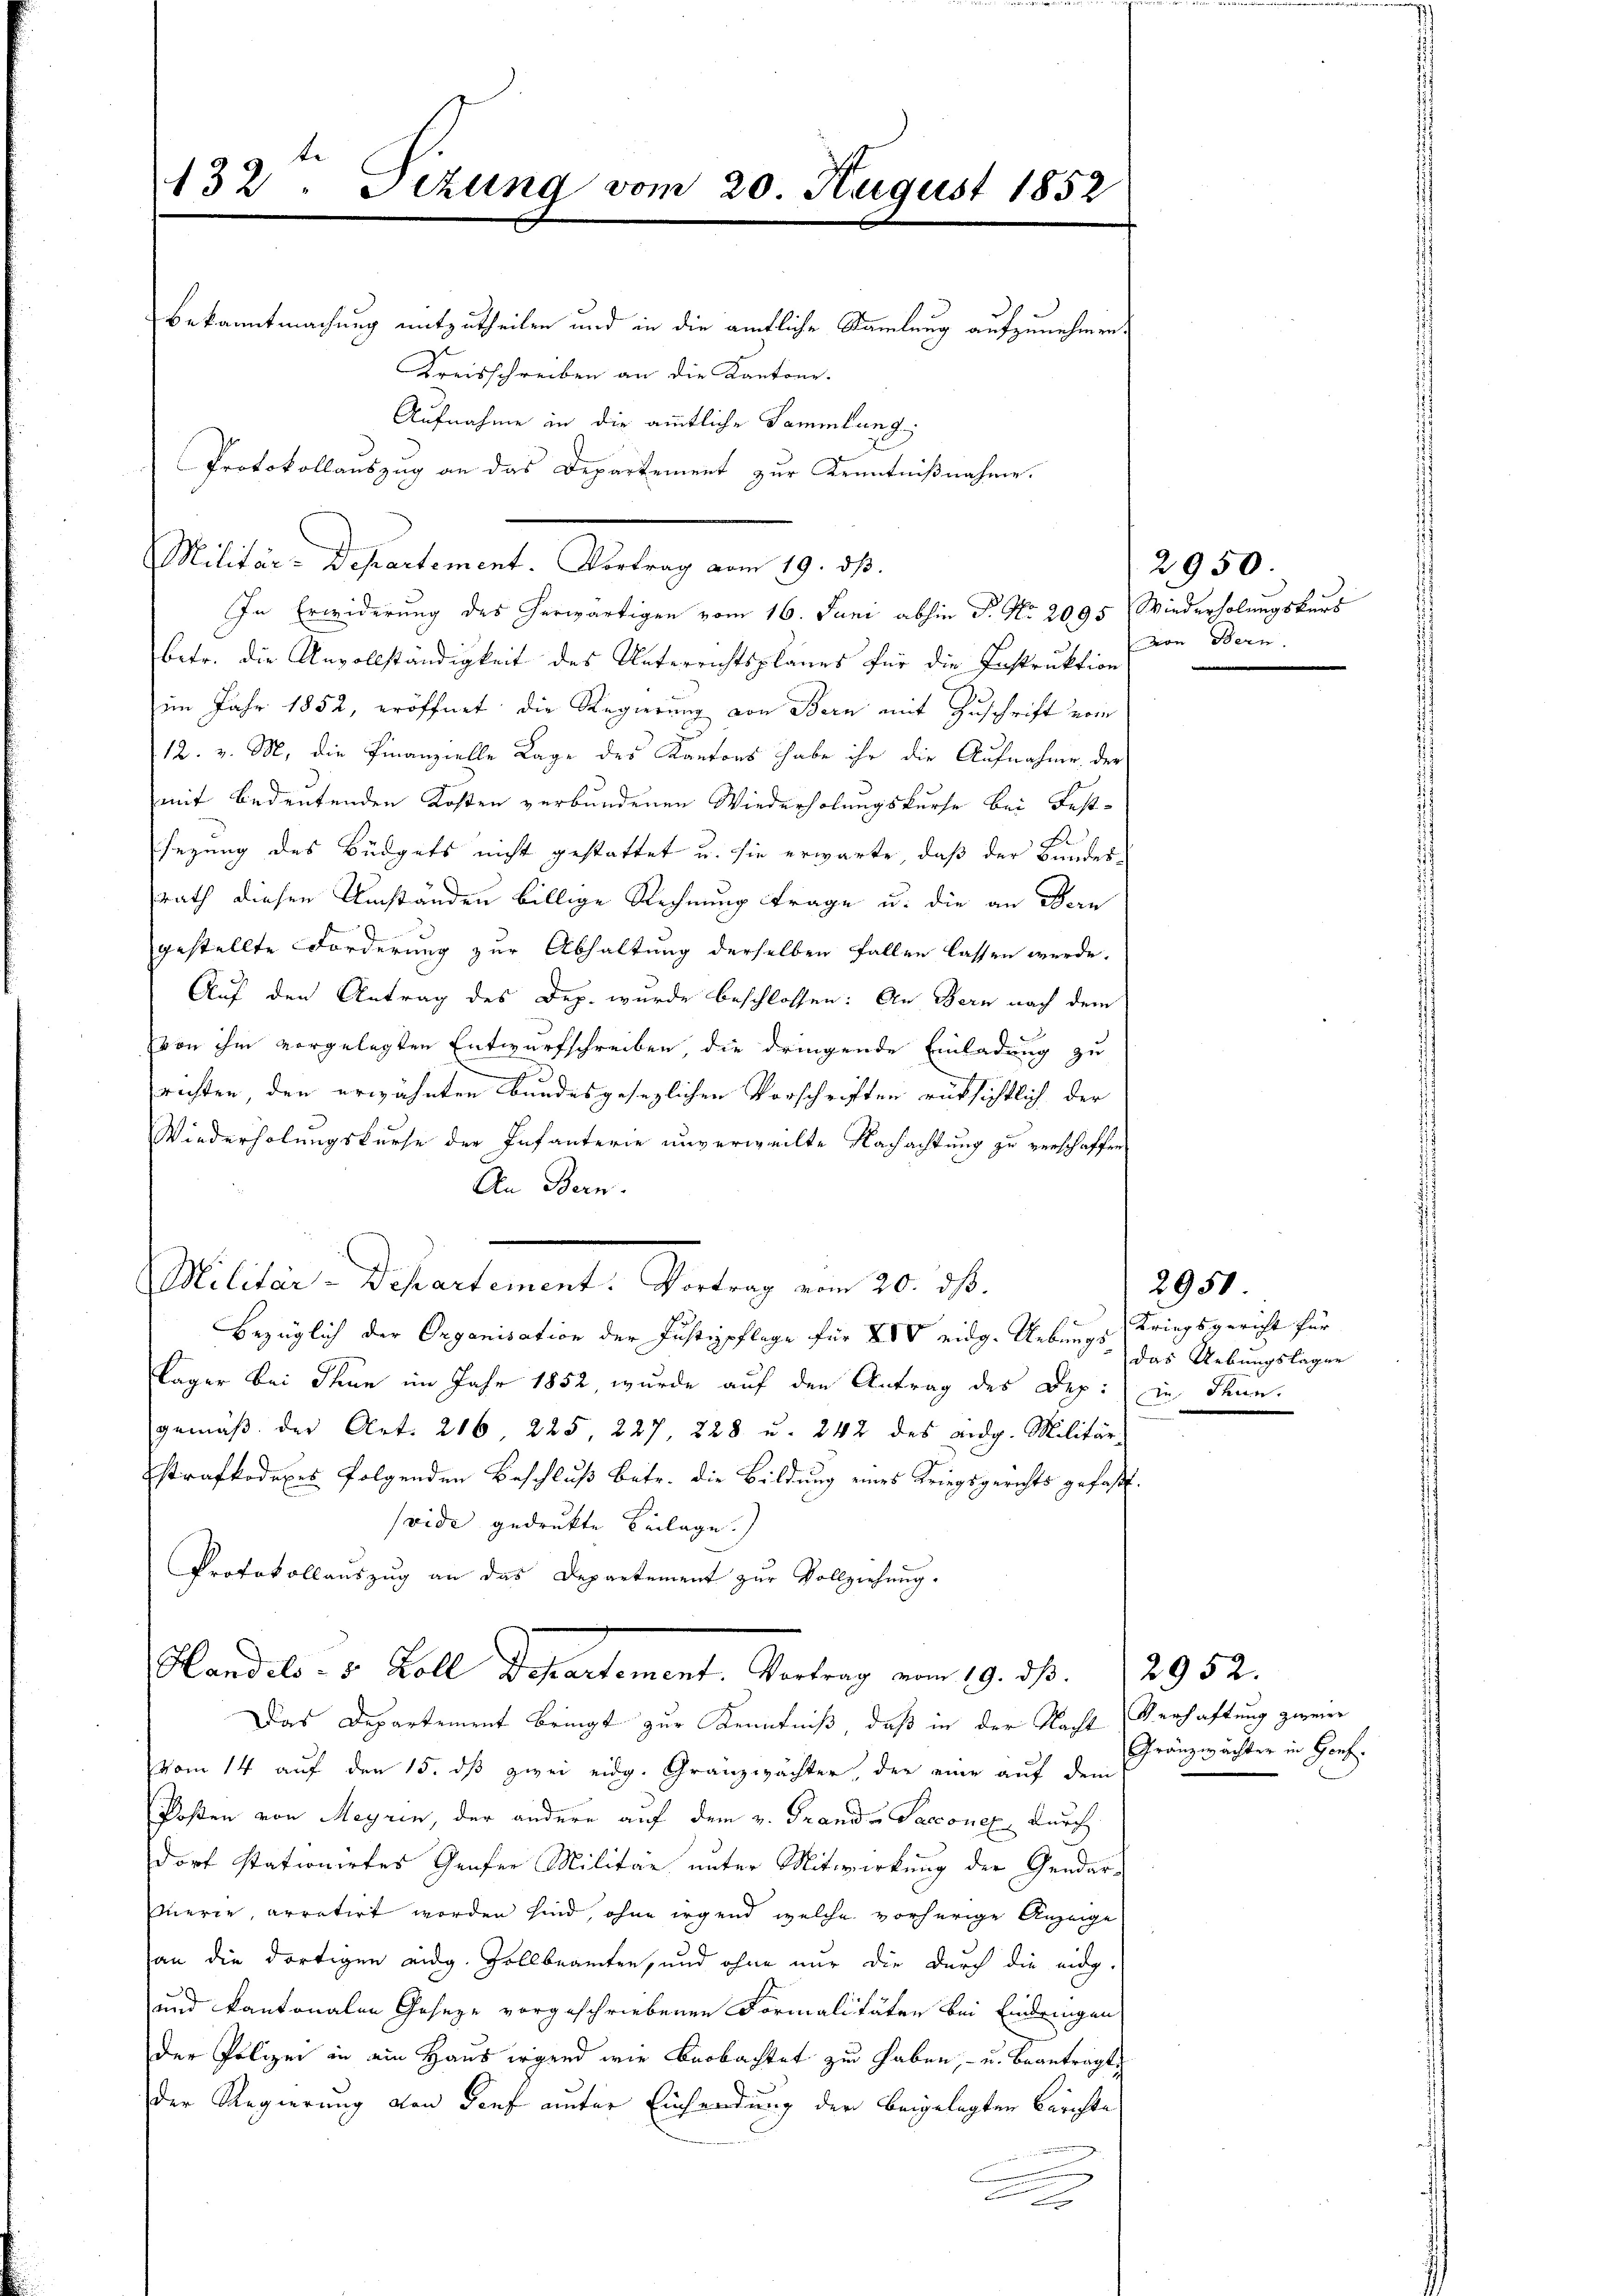
132. Sizung vom 20. August 1852
Bekanntmachung mitzutheilen und in die amtliche Sammlung aufzunehmen,
Kreisschreiben an die Kantone.
Aufnahme in die amtliche Sammlung
Protokollauszug an das Departement zur Kenntnißnahme.

In Erwiderung des herwärtigen vom 16. Juni abhin P. Nr. 2095 Wiederholungskurs
betr. die Unvollständigkeit des Unterrichtsplanes für die Instruktion
im Jahr 1852, eröffnet, die Regierung von Bern mit Zuschrift vom
12. v. M. die Finanzielle Lage des Kantons habe ihr die Aufnahme der
mit bedeutenden Kosten verbundenen Wiederholungskurse bei Fest-
x
sezung des Büdgets nicht gestattet u. sie erwarte, daß der Bundesrath diesen Umständen billige Rechnung trage u. die an Bern
gestellte Forderung zur Abhaltung derselben fallen lassen werde.
Auf den Antrag des Dep. wurde beschlossen: An Bern nach dem
von ihm vorgelegten Entwurfschreiben, die dringende Einladung zu
richten, den erwähnten Bundesgesezlichen Vorschriften rüksichtlich der
Wiederholungskurse der Infanterie unverweilte Nachachtung zu verschaffen
An Bern.
Militär-Departement. Portung am 20. d.
Bezüglich der Organisation der Justizpflege für XIV eidg. Uebungs Kriegsgericht für
Kläger bei Thun im Jahr 1852, wurde auf den Antrag des Dep: in Thun.
gemäß der Art. 216, 225, 227, 228 u. 242 des eidg. Militär-
Estrafkodexes folgenden Beschluß betr. die Bildung eines Kriegsgerichts gefaßt.
vide gedrukte Beilage.)
Protokollaŭszŭg an das Departement zŭr Vollziehung.
Handels- u. Boll Departement. Vortrag vom 19. d. 2952.
Das Departement bringt zur Kenntniß, daß in der Nacht Verhaftung zweier
vom 14 auf den 15. dß zwei eidg. Gränzwachter, der eine auf dem
Posten von Meyrin, der andere auf dem v. Grande Sacconen durch
dorf stationirtes Genfer Militär unter Mitwirkung der Gendar-
mnerie, arretirt worden sind, ohne irgend welche vorherige Anzeige
an die dortigen eidg. Zollbeamten, und ohne nur die durch die eidg.
und kantonalen Geseze vorgeschriebenen Formalitäten bei Eindringen
der Polizei in ein Haus irgend wie Beobachtet zu haben, u. beantragt,
der Regierung von Senf unter Einsendung der beigelegten Berichte

Militär-Departement. Vortrag vom 19. ds.

2950.
dern Bern

2950
das Uebungslagen

Gränzwächter in Hof.